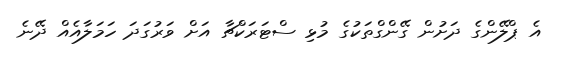
އެ ޕްލޭންގެ ދަށުން ގޭންގްތަކުގެ މުޅި ސްޓަރަކްޗާ އަށް ވަރުގަދަ ހަމަލާއެއް ދޭނެ